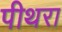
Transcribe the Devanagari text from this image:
पीथरा